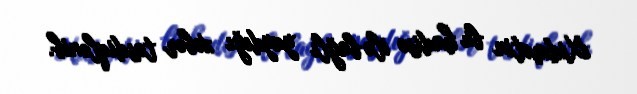
Xidmətin bu hadisə ilə bağlı yaydığı xəbər təsdiqlənib.